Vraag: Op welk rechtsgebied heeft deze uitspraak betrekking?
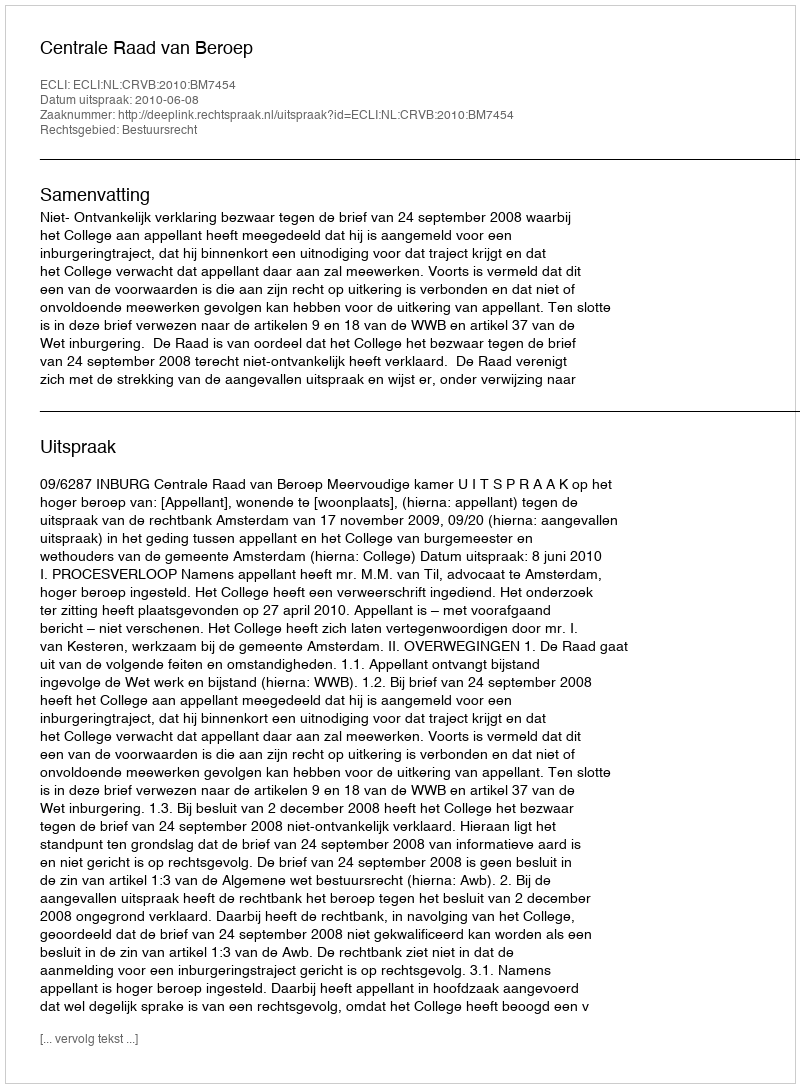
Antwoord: Bestuursrecht